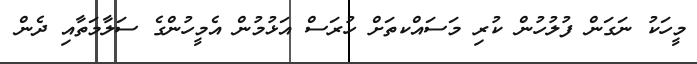
މީހަކު ނަގަން ފުލުހުން ކުރި މަސައްކތަށް ހުރަސް އަޅުމުން އެމީހުންގެ ސަލާމަތާއި ދެން